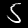
Digit: 5